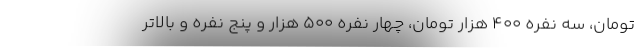
تومان، سه نفره ۴۰۰ هزار تومان، چهار نفره ۵۰۰ هزار و پنج نفره و بالاتر